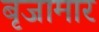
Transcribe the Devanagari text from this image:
बृजामार